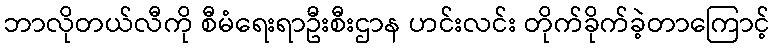
ဘာလိုတယ်လီကို စီမံရေးရာဦးစီးဌာန ဟင်းလင်း တိုက်ခိုက်ခဲ့တာကြောင့်